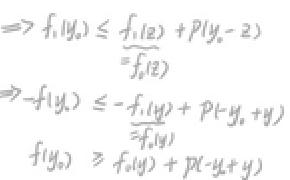
\begin{align*}
&\Rightarrow f_1(y_0)\leq \underbrace{f_1(z)}_{=f_0(z)} + p(y_0 - z)\\
&\Rightarrow -f_1(y_0)\leq - \underbrace{f_1(y)}_{=f_0(y)}+ p(-y_0 + y)\\
&f_1(y_0)\geq f_1(y)+p(-y + y)
\end{align*}